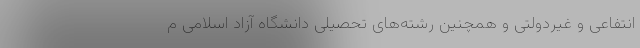
انتفاعی و غیردولتی و همچنین رشته‌های تحصیلی دانشگاه آزاد اسلامی م